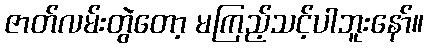
ဇာတ်လမ်းတွဲတော့ မကြည့်သင့်ပါဘူးနော်။